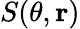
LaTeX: S(\theta,{\mathbf r})